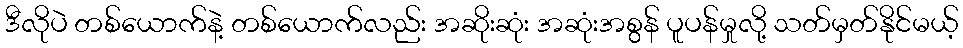
ဒီလိုပဲ တစ်ယောက်နဲ့ တစ်ယောက်လည်း အဆိုးဆုံး အဆုံးအစွန် ပူပန်မှုလို့ သတ်မှတ်နိုင်မယ့်